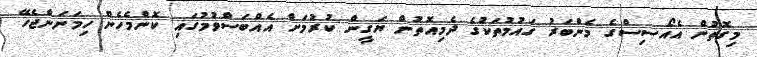
މިގޮތުން އެއޯސިސްގެ މެންބަރު ގައުމުތަކުގެ ދެމިއޮތުން ޔަގީން ކުރުމަށް އެއްބަސްވުމުގައި ކޮންމެހެން ހިމަނަންޖެހޭ